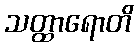
သတ္ထာရောတိ